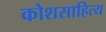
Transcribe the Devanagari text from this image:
कोशसाहित्य